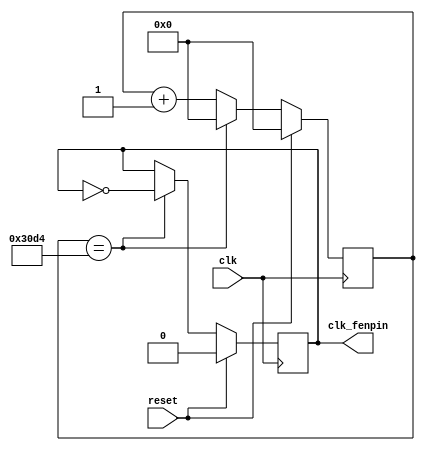
module clk_diverse2(
    input clk,
    input reset,
    output clk_fenpin
    );
    
    parameter b=12500;
    reg [30:0] cnt;
    reg clk_fenpin_reg;
    
    always@(posedge clk)
    begin
        if(reset==1'b1)
        begin
             clk_fenpin_reg<=0;
            cnt<=0;
        end
        else if(cnt==b)
            begin        
                cnt<=0;
                 clk_fenpin_reg<=~ clk_fenpin_reg;
            end
        else cnt=cnt+1;       
   end
   assign clk_fenpin= clk_fenpin_reg;
endmodule